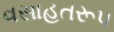
વસાહતરૂપ